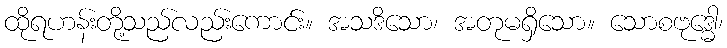
ထိုရဟန်းတို့သည်လည်းကောင်း။ အသဒိသော၊ အတုမရှိသော။ သောစဗုဒ္ဓေါ၊